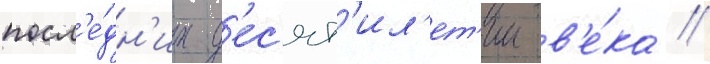
посл'е́дн'их д'ес'ят'ил'ет'ии в'е́ка /